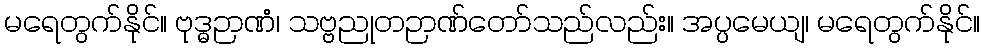
မရေတွက်နိုင်။ ဗုဒ္ဓဉာဏံ၊ သဗ္ဗညုတဉာဏ်တော်သည်လည်း။ အပ္ပမေယျ၊ မရေတွက်နိုင်။